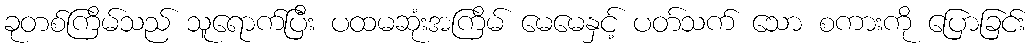
ခုတစ်ကြိမ်သည် သူရောက်ပြီး ပထမဆုံးအကြိမ် မေမေနှင့် ပတ်သက် သော စကားကို ပြောခြင်း